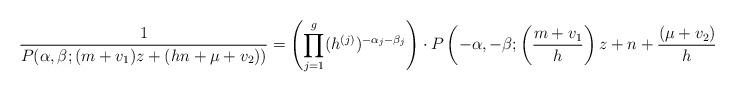
LaTeX: \begin{align*}& \frac{1}{P(\alpha,\beta;(m+v_1)z+(hn+\mu+v_2))}=\left(\prod_{j=1}^g (h^{(j)})^{-\alpha_j-\beta_j}\right)\cdot P\left(-\alpha,-\beta;\left(\frac{m+v_1}{h}\right)z+n+\frac{(\mu+v_2)}{h}\right).\end{align*}